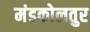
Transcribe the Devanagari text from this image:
मंडकोलतुर